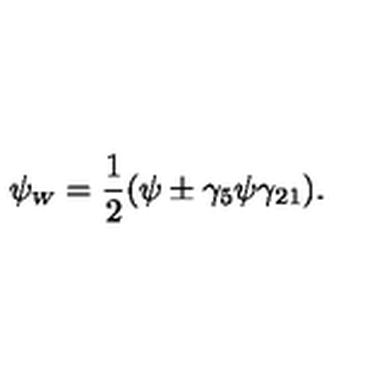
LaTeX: \psi _ { \scriptscriptstyle W } = \frac { 1 } { 2 } ( \psi \pm \gamma _ { 5 } \psi \gamma _ { 2 1 } ) .